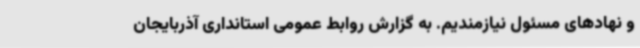
و نهادهای مسئول نیازمندیم. به گزارش روابط عمومی استانداری آذربایجان